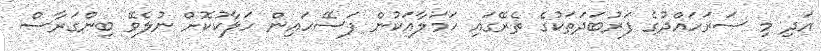
އަދި މި ސަރަހައްދުގެ ފަރުބަދަތަކުގެ ތެރޭގައި ހަމަލާއަކުން ފަސޭހައިން ހަލާކުކޮށް ނުލެވޭ ބިންގަރާސް